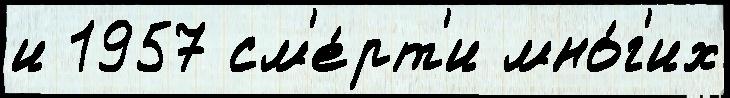
и 1957 см'е́рт'и мно́г'их